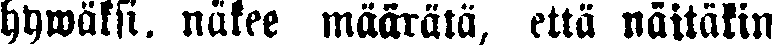
hywäksi. näkee määrätä, että näitäkin